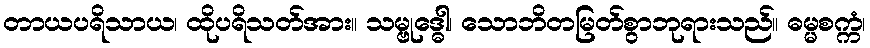
တာယပရိသာယ၊ ထိုပရိသတ်အား။ သမ္ဗုဒ္ဓေါ၊ သောဘိတမြတ်စွာဘုရားသည်။ ဓမ္မစက္ကံ၊